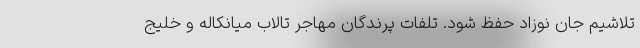
تلاشیم جان نوزاد حفظ شود. تلفات پرندگان مهاجر تالاب میانکاله و خلیج